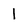
Character: 1